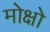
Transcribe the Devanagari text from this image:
मोक्षो